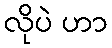
လိုပဲ ဟာ